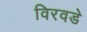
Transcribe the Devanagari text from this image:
विरवडे